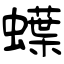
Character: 蠂